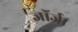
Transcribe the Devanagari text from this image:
जॉर्ज।